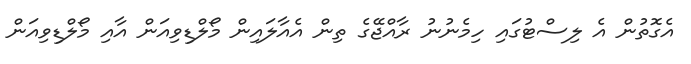
އެގޮތުން އެ ލިސްޓުގައި ހިމެނުނު ރާއްޖޭގެ ތިން އެއާލައިން މޯލްޑިވިއަން އާއި މޯލްޑިވިއަން